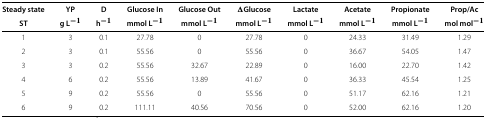
<table><thead><tr><td><b>Steady state</b></td><td><b>YP</b></td><td><b>D</b></td><td><b>Glucose In</b></td><td><b>Glucose Out</b></td><td><b><i>Δ</i>Glucose</b></td><td><b>Lactate</b></td><td><b>Acetate</b></td><td><b>Propionate</b></td><td><b>Prop/Ac</b></td></tr><tr><td><b>ST</b></td><td><b>g L<sup><i>-1</i></sup></b></td><td><b>h<sup><i>-1</i></sup></b></td><td><b>mmol L<sup><i>-1</i></sup></b></td><td><b>mmol L<sup><i>-1</i></sup></b></td><td><b>mmol L<sup><i>-1</i></sup></b></td><td><b>mmol L<sup><i>-1</i></sup></b></td><td><b>mmol L<sup><i>-1</i></sup></b></td><td><b>mmol L<sup><i>-1</i></sup></b></td><td><b>mol mol<sup><i>-1</i></sup></b></td></tr></thead><tbody><tr><td>1</td><td>3</td><td>0.1</td><td>27.78</td><td>0</td><td>27.78</td><td>0</td><td>24.33</td><td>31.49</td><td>1.29</td></tr><tr><td>2</td><td>3</td><td>0.1</td><td>55.56</td><td>0</td><td>55.56</td><td>0</td><td>36.67</td><td>54.05</td><td>1.47</td></tr><tr><td>3</td><td>3</td><td>0.2</td><td>55.56</td><td>32.67</td><td>22.89</td><td>0</td><td>16.00</td><td>22.70</td><td>1.42</td></tr><tr><td>4</td><td>6</td><td>0.2</td><td>55.56</td><td>13.89</td><td>41.67</td><td>0</td><td>36.33</td><td>45.54</td><td>1.25</td></tr><tr><td>5</td><td>9</td><td>0.2</td><td>55.56</td><td>0</td><td>55.56</td><td>0</td><td>51.17</td><td>62.16</td><td>1.21</td></tr><tr><td>6</td><td>9</td><td>0.2</td><td>111.11</td><td>40.56</td><td>70.56</td><td>0</td><td>52.00</td><td>62.16</td><td>1.20</td></tr></tbody></table>